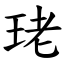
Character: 珯